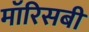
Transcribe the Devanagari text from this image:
मॉरिसबी